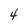
Character: 4